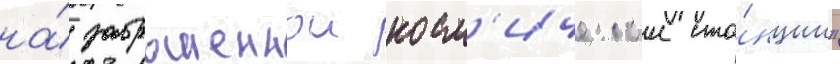
на́ заброшеннои косм'ическои ста́нции"